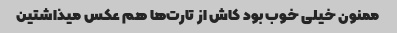
ممنون خیلی خوب بود کاش از تارت‌ها هم عکس میذاشتین